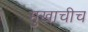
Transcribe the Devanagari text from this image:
मुखाचीच